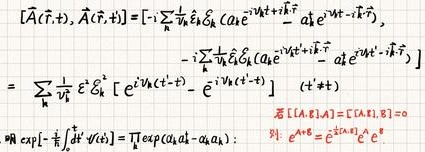
\[
\begin{align*}
[\hat{A}(\vec{r},t), \hat{A}(\vec{r},t)]&=\left[-i\sum_{\vec{k}}\frac{1}{\sqrt{\omega_k}}\hat{a}_{\vec{k}}\mathcal{E}_k \left(a_{\vec{k}}e^{-i\omega_kt + i\vec{k}\cdot\vec{r}} - a_{\vec{k}}^{\dagger} e^{i\omega_kt - i\vec{k}\cdot\vec{r}}\right),\right.\\
&\left.\quad -i\sum_{\vec{k}'}\frac{1}{\sqrt{\omega_{k'}}}\hat{a}_{\vec{k}'}\mathcal{E}_{k'}\left(a_{\vec{k}'}e^{-i\omega_{k'}t + i\vec{k}'\cdot\vec{r}} - a_{\vec{k}'}^{\dagger} e^{i\omega_{k'}t - i\vec{k}'\cdot\vec{r}}\right)\right]\\
&=\sum_{\vec{k}}\frac{1}{\omega_k}\mathcal{E}_k^2\left[e^{-i\omega_k(t - t')} - \overline{e^{-i\omega_k(t - t')}}\right]\\
\end{align*}
\]
\[
\begin{align*}
&[A,B]=[A,[B,C]] = 0\\
&\text{where }\exp\left[-\frac{i}{\hbar}\int dt' V(t')\right]=\prod_{t}\exp\left(a_{t}a_{t - \Delta t}\right):\quad \text{Also, } a^{\dagger}e^{A} = e^{A}a^{\dagger} + [a^{\dagger},A]e^{A}
\end{align*}
\]